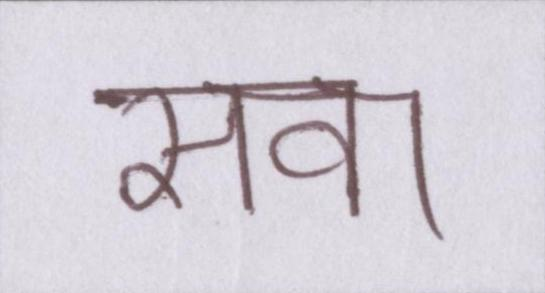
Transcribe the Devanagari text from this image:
सवा